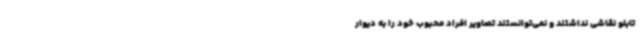
تابلو نقاشی نداشتند و نمی‌توانستند تصاویر افراد محبوب خود را به دیوار